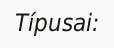
Típusai: